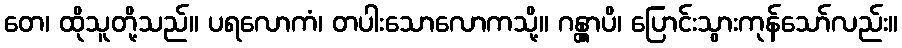
တေ၊ ထိုသူတို့သည်။ ပရလောကံ၊ တပါးသောလောကသို့။ ဂန္တွာပိ၊ ပြောင်းသွားကုန်သော်လည်း။